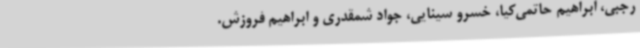
رجبی، ابراهیم حاتمی‌کیا، خسرو سینایی، جواد شمقدری و ابراهیم فروزش.